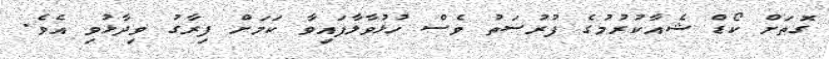
ގޮތަށް ކޯޑް ޝެއާކުރުމުގެ ފުރުސަތު ވެސް ހުޅުވާލާފައިވާ ކަމަށް ފިރާގު ވިދާޅުވި އެވެ.